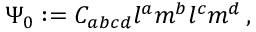
\Psi _ { 0 } : = C _ { a b c d } l ^ { a } m ^ { b } l ^ { c } m ^ { d } \, ,